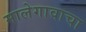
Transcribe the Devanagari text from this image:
मालेगावाचा